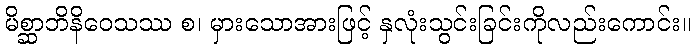
မိစ္ဆာဘိနိဝေသဿ စ၊ မှားသောအားဖြင့် နှလုံးသွင်းခြင်းကိုလည်းကောင်း။